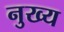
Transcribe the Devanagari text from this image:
नुख्य